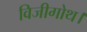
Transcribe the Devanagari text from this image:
विजीगोथ।